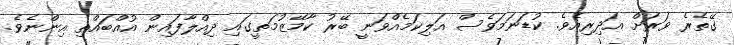
ގޭތެރެ ވަރަށް އަދިރިއެވެ. ކުޑަނަމަވެސް އަލިކަމެއްވަނީ ބޭރު ކާމޭޒުމަތީގައި ދިއްލާފައިން އުއްބައްތި އިންނެވެ.